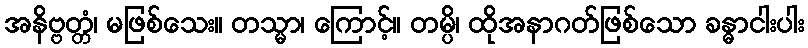
အနိဗ္ဗတ္တံ၊ မဖြစ်သေး။ တသ္မာ၊ ကြောင့်။ တမ္ပိ၊ ထိုအနာဂတ်ဖြစ်သော ခန္ဓာငါးပါး